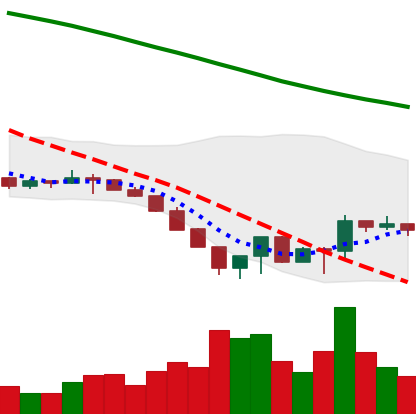
Ticker: LTC-USD
Chart end date: 2022-06-22
Forward return: 7.332%
Label: up_7plus